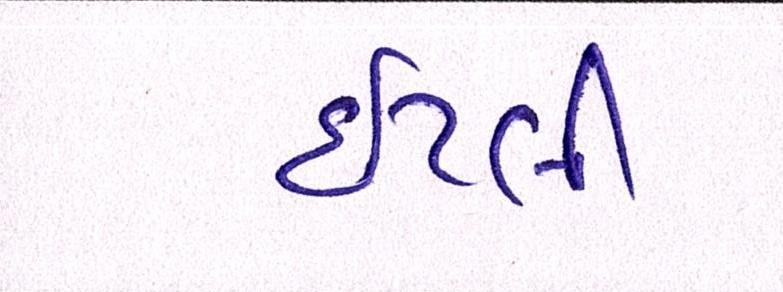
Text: ઇટલી